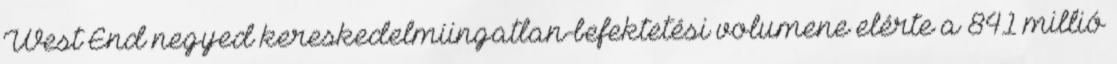
West End negyed kereskedelmiingatlan-befektetési volumene elérte a 841 millió